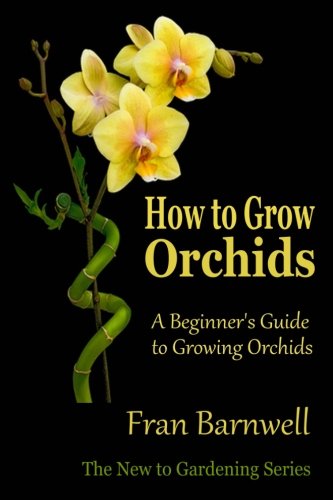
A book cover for How to Grow Orchids: A Beginner's Guide to Growing Orchids; Fran Barnwell; Crafts, Hobbies & Home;